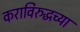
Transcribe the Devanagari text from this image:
कराविरुद्धच्या